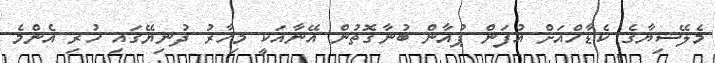
މެލޭޝިޔާގެ ކެޑާހްއަށް އުފަން ޕުއާން ބުނާގޮތުން އޭނާއަކީ މިހާރު ދުނިޔޭގައި ހުރި އެންމެ